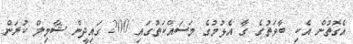
އެގޮތުން އެކި ބާވަތުގެ ގާ އެޅުމުގެ މަސައްކަތުގައި 200 ގައިދީން ޝާމިލް ކުރަން